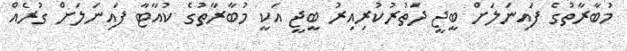
މުބާރާތުގެ ފައިނަލަށް ބީޖީ ދަތުރުކުރިއިރު ބީޖީ އަކީ މުބާރާތުގެ ކުއާޓާ ފައިނަލަށް ގުރެއް